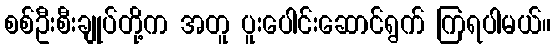
စစ်ဦးစီးချုပ်တို့က အတူ ပူးပေါင်းဆောင်ရွက် ကြရပါမယ်။